Leaving Certificate Examination, 1913
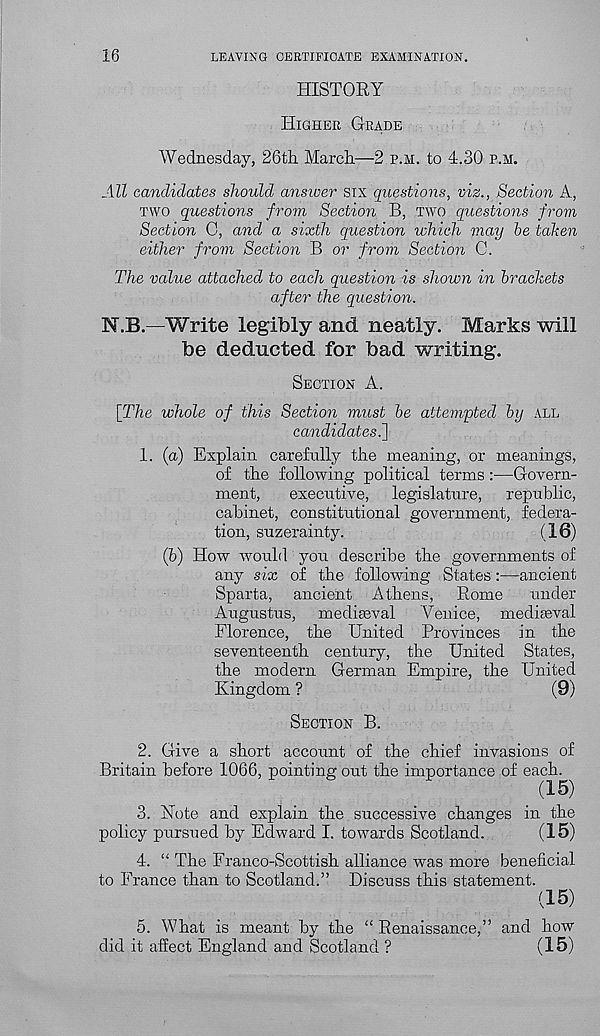
16
LEAVING CERTIFICATE EXAMINATION.
HISTORY
HIGHER GRADE
Wednesday, 26th. March—2 P.H. to 4.30 P.M.
All candidates should answer six questions, viz., Section A,
TWO questions from Section B, TWO questions from
Section 0, and a sixth question which may be taken
either from Section B or from Section C.
The value attached to each question is shown in brackets
after the question.
N.B.—Write legibly and neatly. Marks will
be deducted for bad writing.
SECTION A.
[The whole of this Section must be attempted by ALL
candidates ,~\
1. (a) Explain carefully the meaning, or meanings,
of the following political terms :—Govern-
ment,
executive, legislature, republic,
cabinet, constitutional government, federa-
tion, suzerainty.
( 16)
(b) How would you describe the governments of
any six of the following States:—ancient
Sparta, ancient Athens, Rome
under
Augustus, mediaeval Venice, mediaeval
Florence, the United Provinces in the
seventeenth century, the United States,
the modern German Empire, the United
Kingdom ?
(9)
SECTION B.
2. Give a short account of the chief invasions of
Britain before 1066, pointing out the importance of each.
(15)
3. Note and explain the successive changes in the
policy pursued by Edward I. towards Scotland.
(15)
4. “ The Franco-Scottish alliance was more beneficial
to France than to Scotland.” Discuss this statement.
(15)
5. What is meant by the “ Renaissance,” and how
did it affect England and Scotland ?
(15)